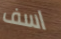
اسف